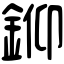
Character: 𨦪